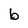
Character: b